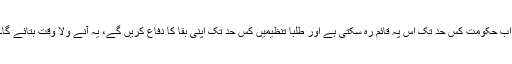
اب حکومت کس حد تک اس پہ قائم رہ سکتی ہے اور طلبا تنظیمیں کس حد تک اپنی بقا کا دفاع کریں گے، یہ آنے ولا وقت بتائے گا۔